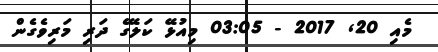
މެއި 20